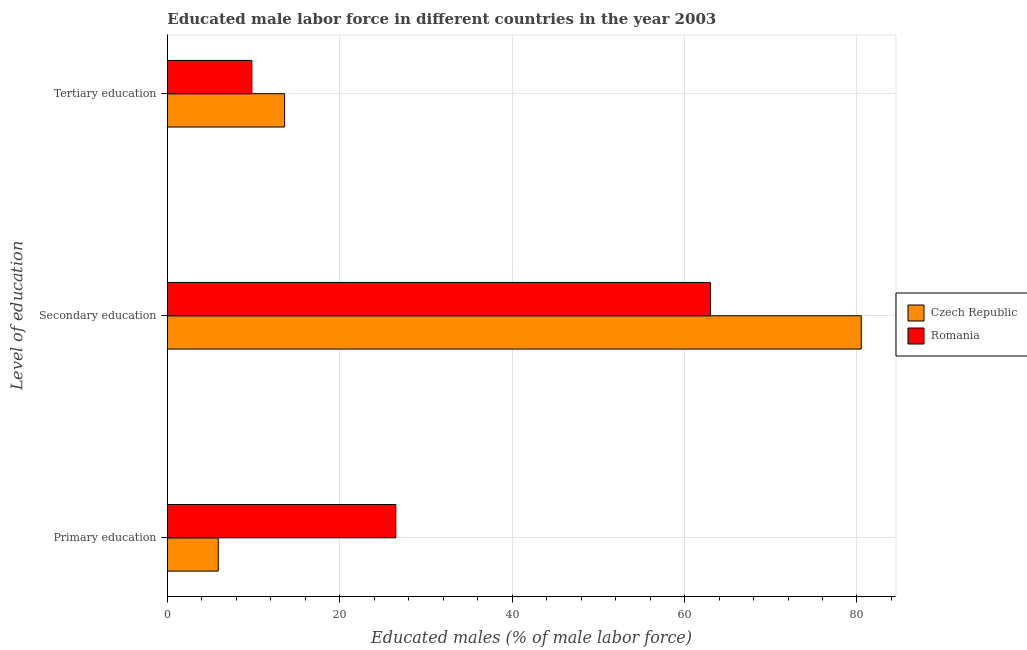
| Level of education | Czech Republic | Romania |
 | --- | --- | --- |
 | Primary education | 5.9 | 26.5 |
 | Secondary education | 80.5 | 63 |
 | Tertiary education | 13.6 | 9.8 |